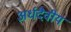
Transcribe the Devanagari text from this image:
अर्धदैवीय